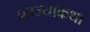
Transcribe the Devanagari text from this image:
प्रव्रज्याकथा